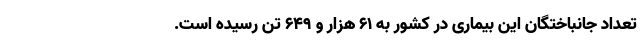
تعداد جانباختگان این بیماری در کشور به ۶۱ هزار و ۶۴۹ تن رسیده است.